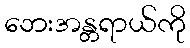
ဘေးအန္တရာယ်ကို